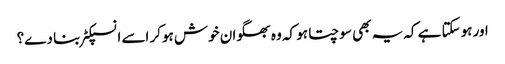
اور ہوسکتا ہے کہ یہ بھی سوچتا ہو کہ وہ بھگوان خوش ہوکر اسے انسپکٹر بنا دے؟